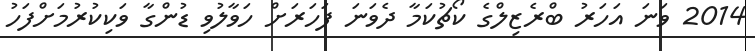
2014 ވަނަ އަހަރު ބްރެޒިލްގެ ކޯޗުކަމާ ދެވަނަ ފަހަރަށް ހަވާލުވި ޑުންގާ ވަކިކުރުމަށްފަހު